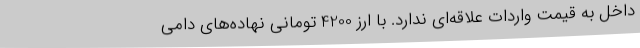
داخل به قیمت واردات علاقه‌ای ندارد. با ارز 4200 تومانی نهاده‌های دامی